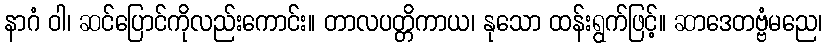
နာဂံ ဝါ၊ ဆင်ပြောင်ကိုလည်းကောင်း။ တာလပတ္တိကာယ၊ နုသော ထန်းရွက်ဖြင့်။ ဆာဒေတဗ္ဗံမညေ၊